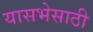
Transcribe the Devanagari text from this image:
यासभेसाठी